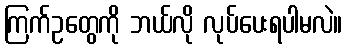
ကြက်ဥတွေကို ဘယ်လို လုပ်ပေးရပါမလဲ။